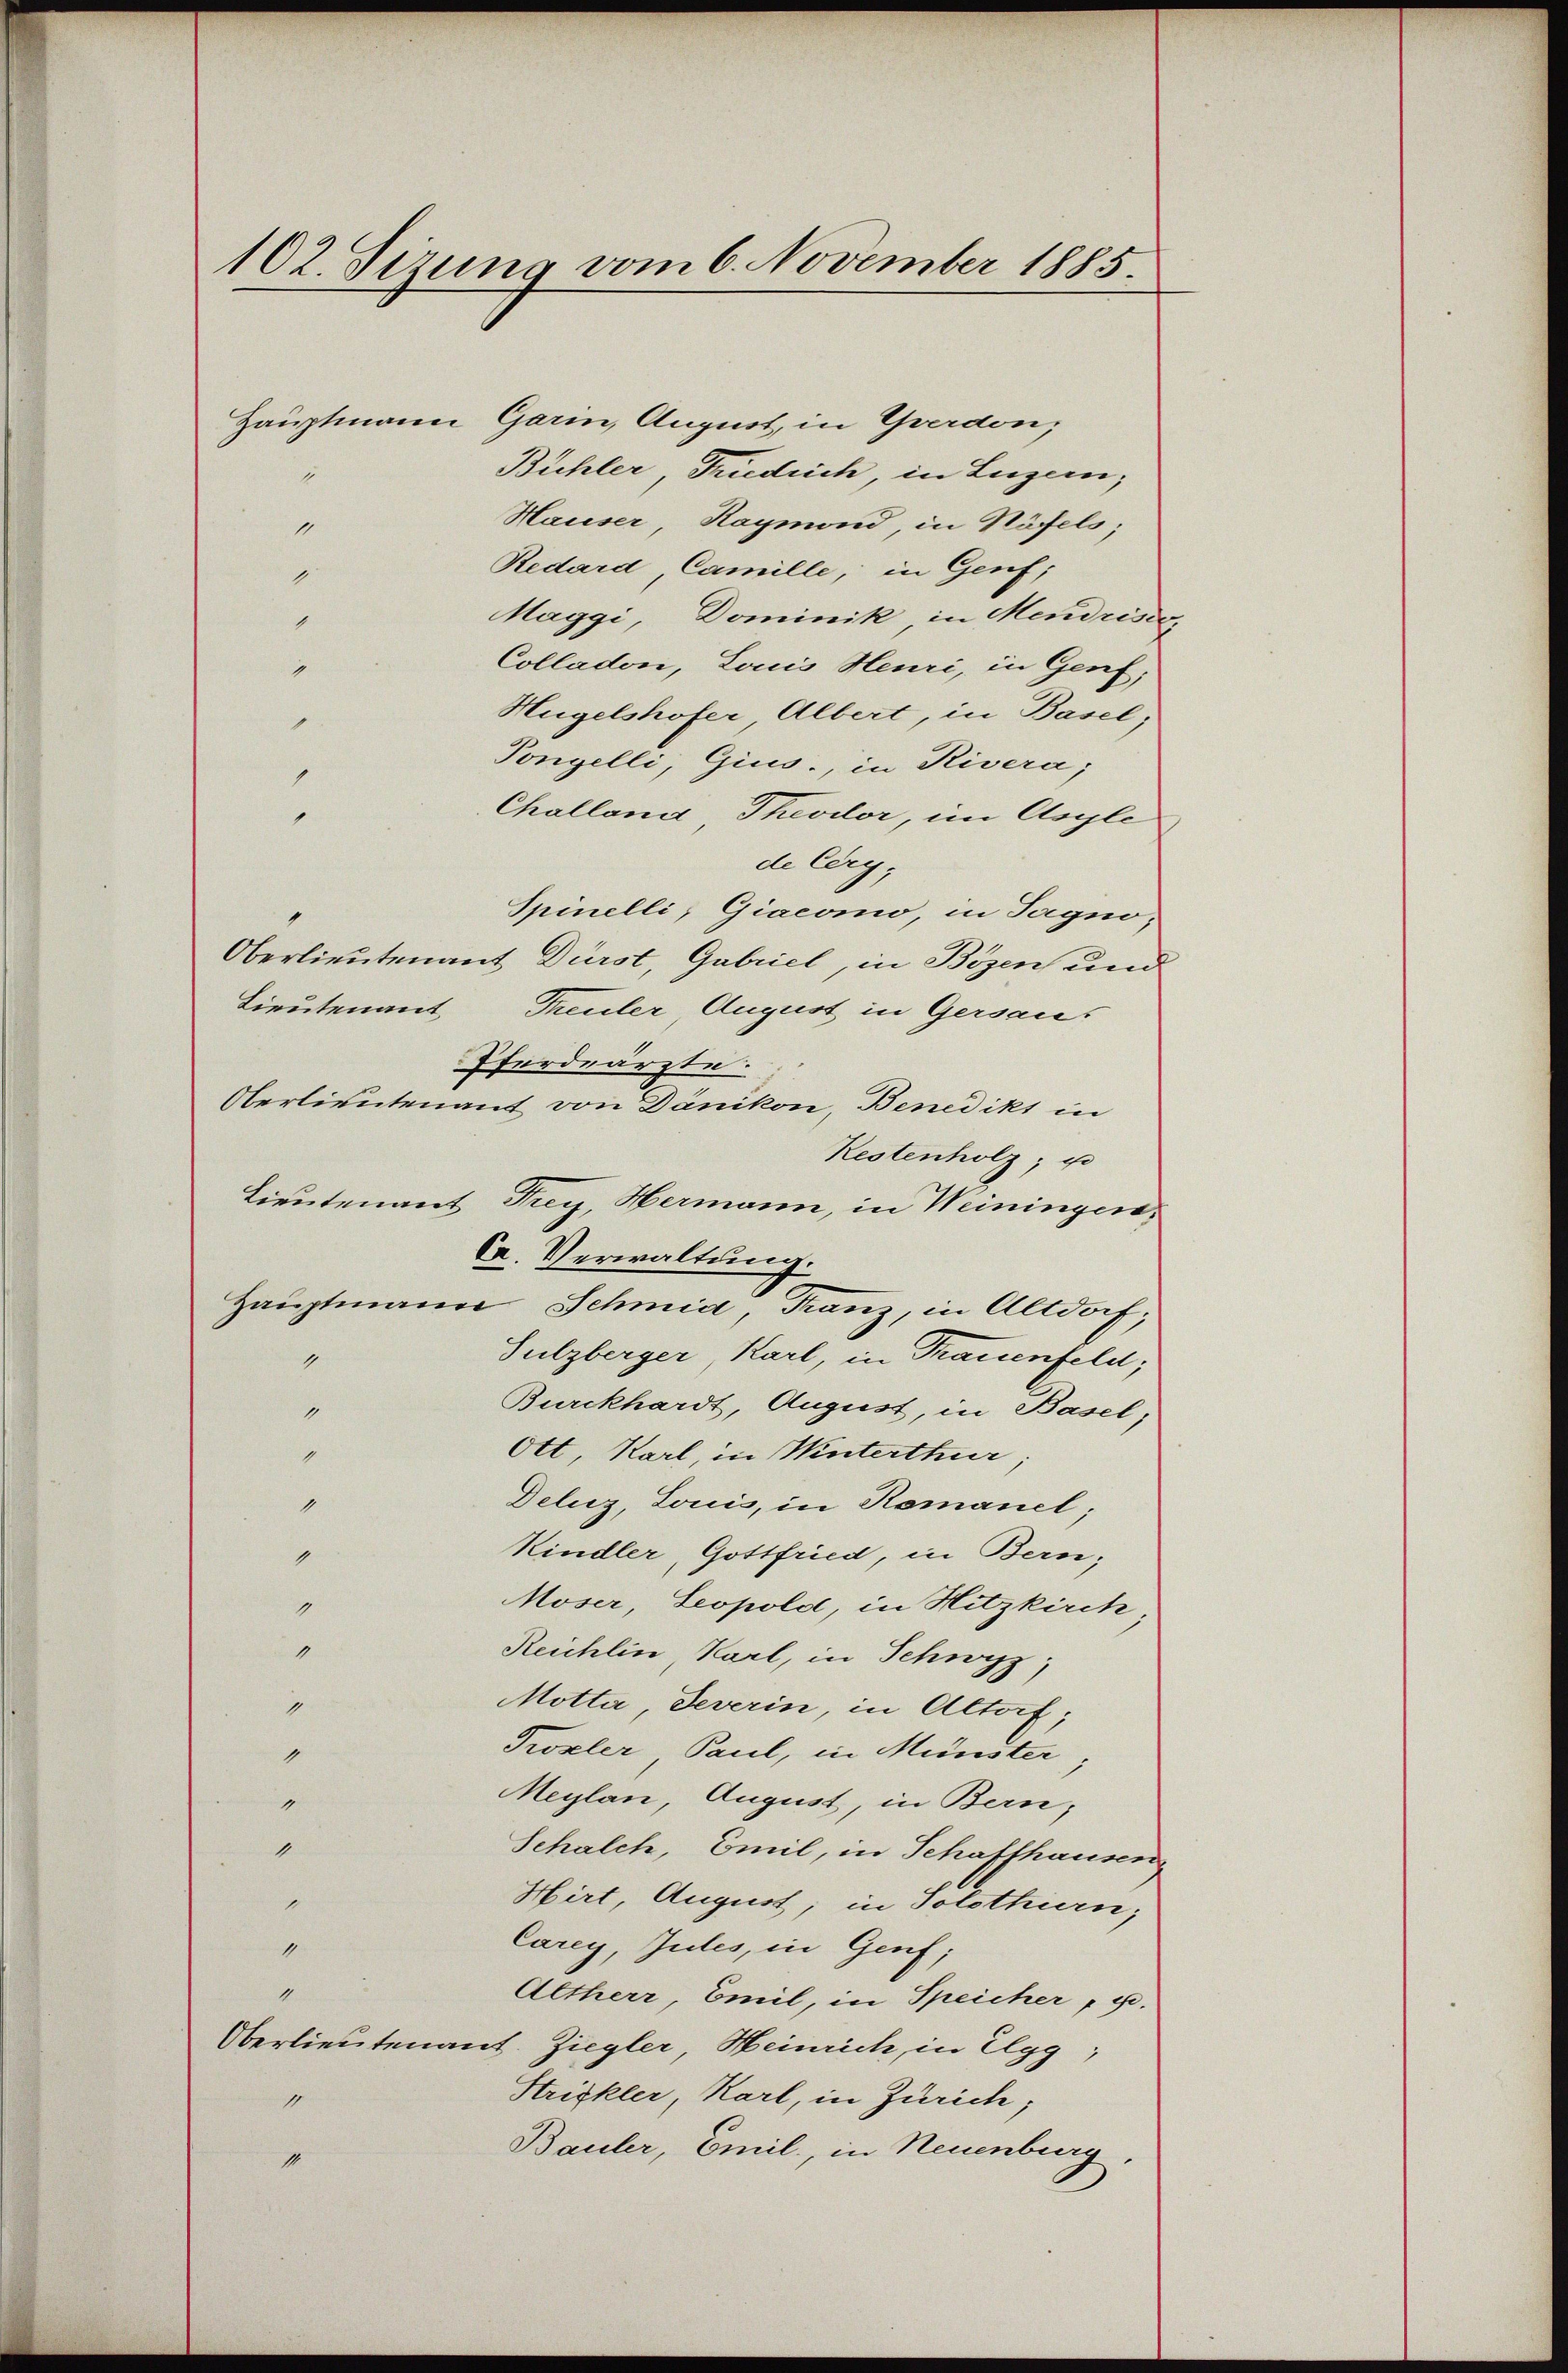
102. Sizung vom 6. November 1885.
Hauptmann Garin, August, in Gerdon,
Bühler Friedrich in Luzern,
1
Hauser Raymond, in Näfels;
1

Redard Camille, in Genf;
1
Maggi, Dominik in Mendrise
1
Colladon, Lois Heuri, in Genf,
9
Hügelshofer, Albert, in Basel;
g
Pongelli, Gius., in Rivera,
1
Challend Theodor, im Asyle
1
de Cery,
Spinelli, Giacomo, in Tagno,
Oberlieutenant Dürst, Gabriel, in Bozen und
Lieutenant Theuler, August in Gersaus
Pferdeärzte.
Oberlieutenant von Dänikon, Benedikt in
Restenholz, u
Lieutenant Frey, Hermann, in Weiningen,
Hauptmann Schmid, Franz, in Altdorf;
Sulzberger Karl, in Trauenfeld,
9
Burckhardt, August, in Basel,
1
Ott, Karl, in Winterthur;
4
1
Deluz, Louis, in Romanel;
Kindler, Gottfried, in Bern,
1
Moser, Leopold, in Hitzkirch
1
1
Reichlin, Karl, in Schwyz
7
Motta, Feverin, in Altorf,
Tozler Paul, in Münster
4
Meylan, August, in Bern,
1
1
Schalch, Emil, in Schafthausen
Hirt, August, in Solothurn,
1
Carey, Judes, in Genf;
1
4
Altherr, Emil, in Speicher, u.
Oberlieutenant. Ziegler, Heinrich, in Elgg,
Strickler, Karl, in Zürich;
1
Bauler, Emil, in Neuenburg,
19

Ca. Verwaltung.